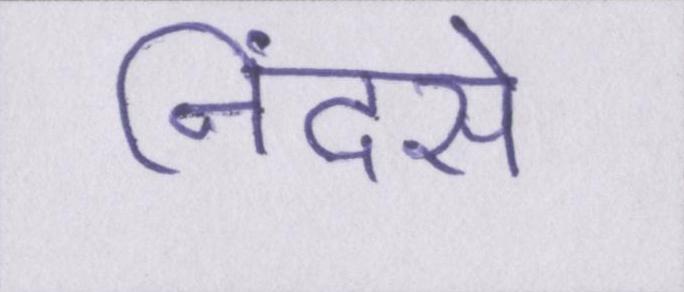
निंदसे